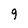
Character: 9